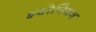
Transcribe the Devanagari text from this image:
इथोपियन